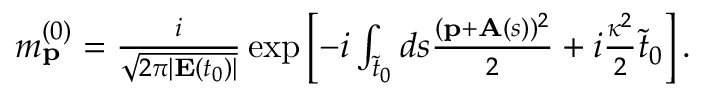
\begin{array} { r } { m _ { \mathbf { p } } ^ { ( 0 ) } = \frac { i } { \sqrt { 2 \pi | \mathbf { E } ( t _ { 0 } ) | } } \exp \left[ - i \int _ { \tilde { t } _ { 0 } } d s \frac { ( \mathbf { p } + \mathbf { A } ( s ) ) ^ { 2 } } { 2 } + i \frac { \kappa ^ { 2 } } { 2 } \tilde { t } _ { 0 } \right] . } \end{array}